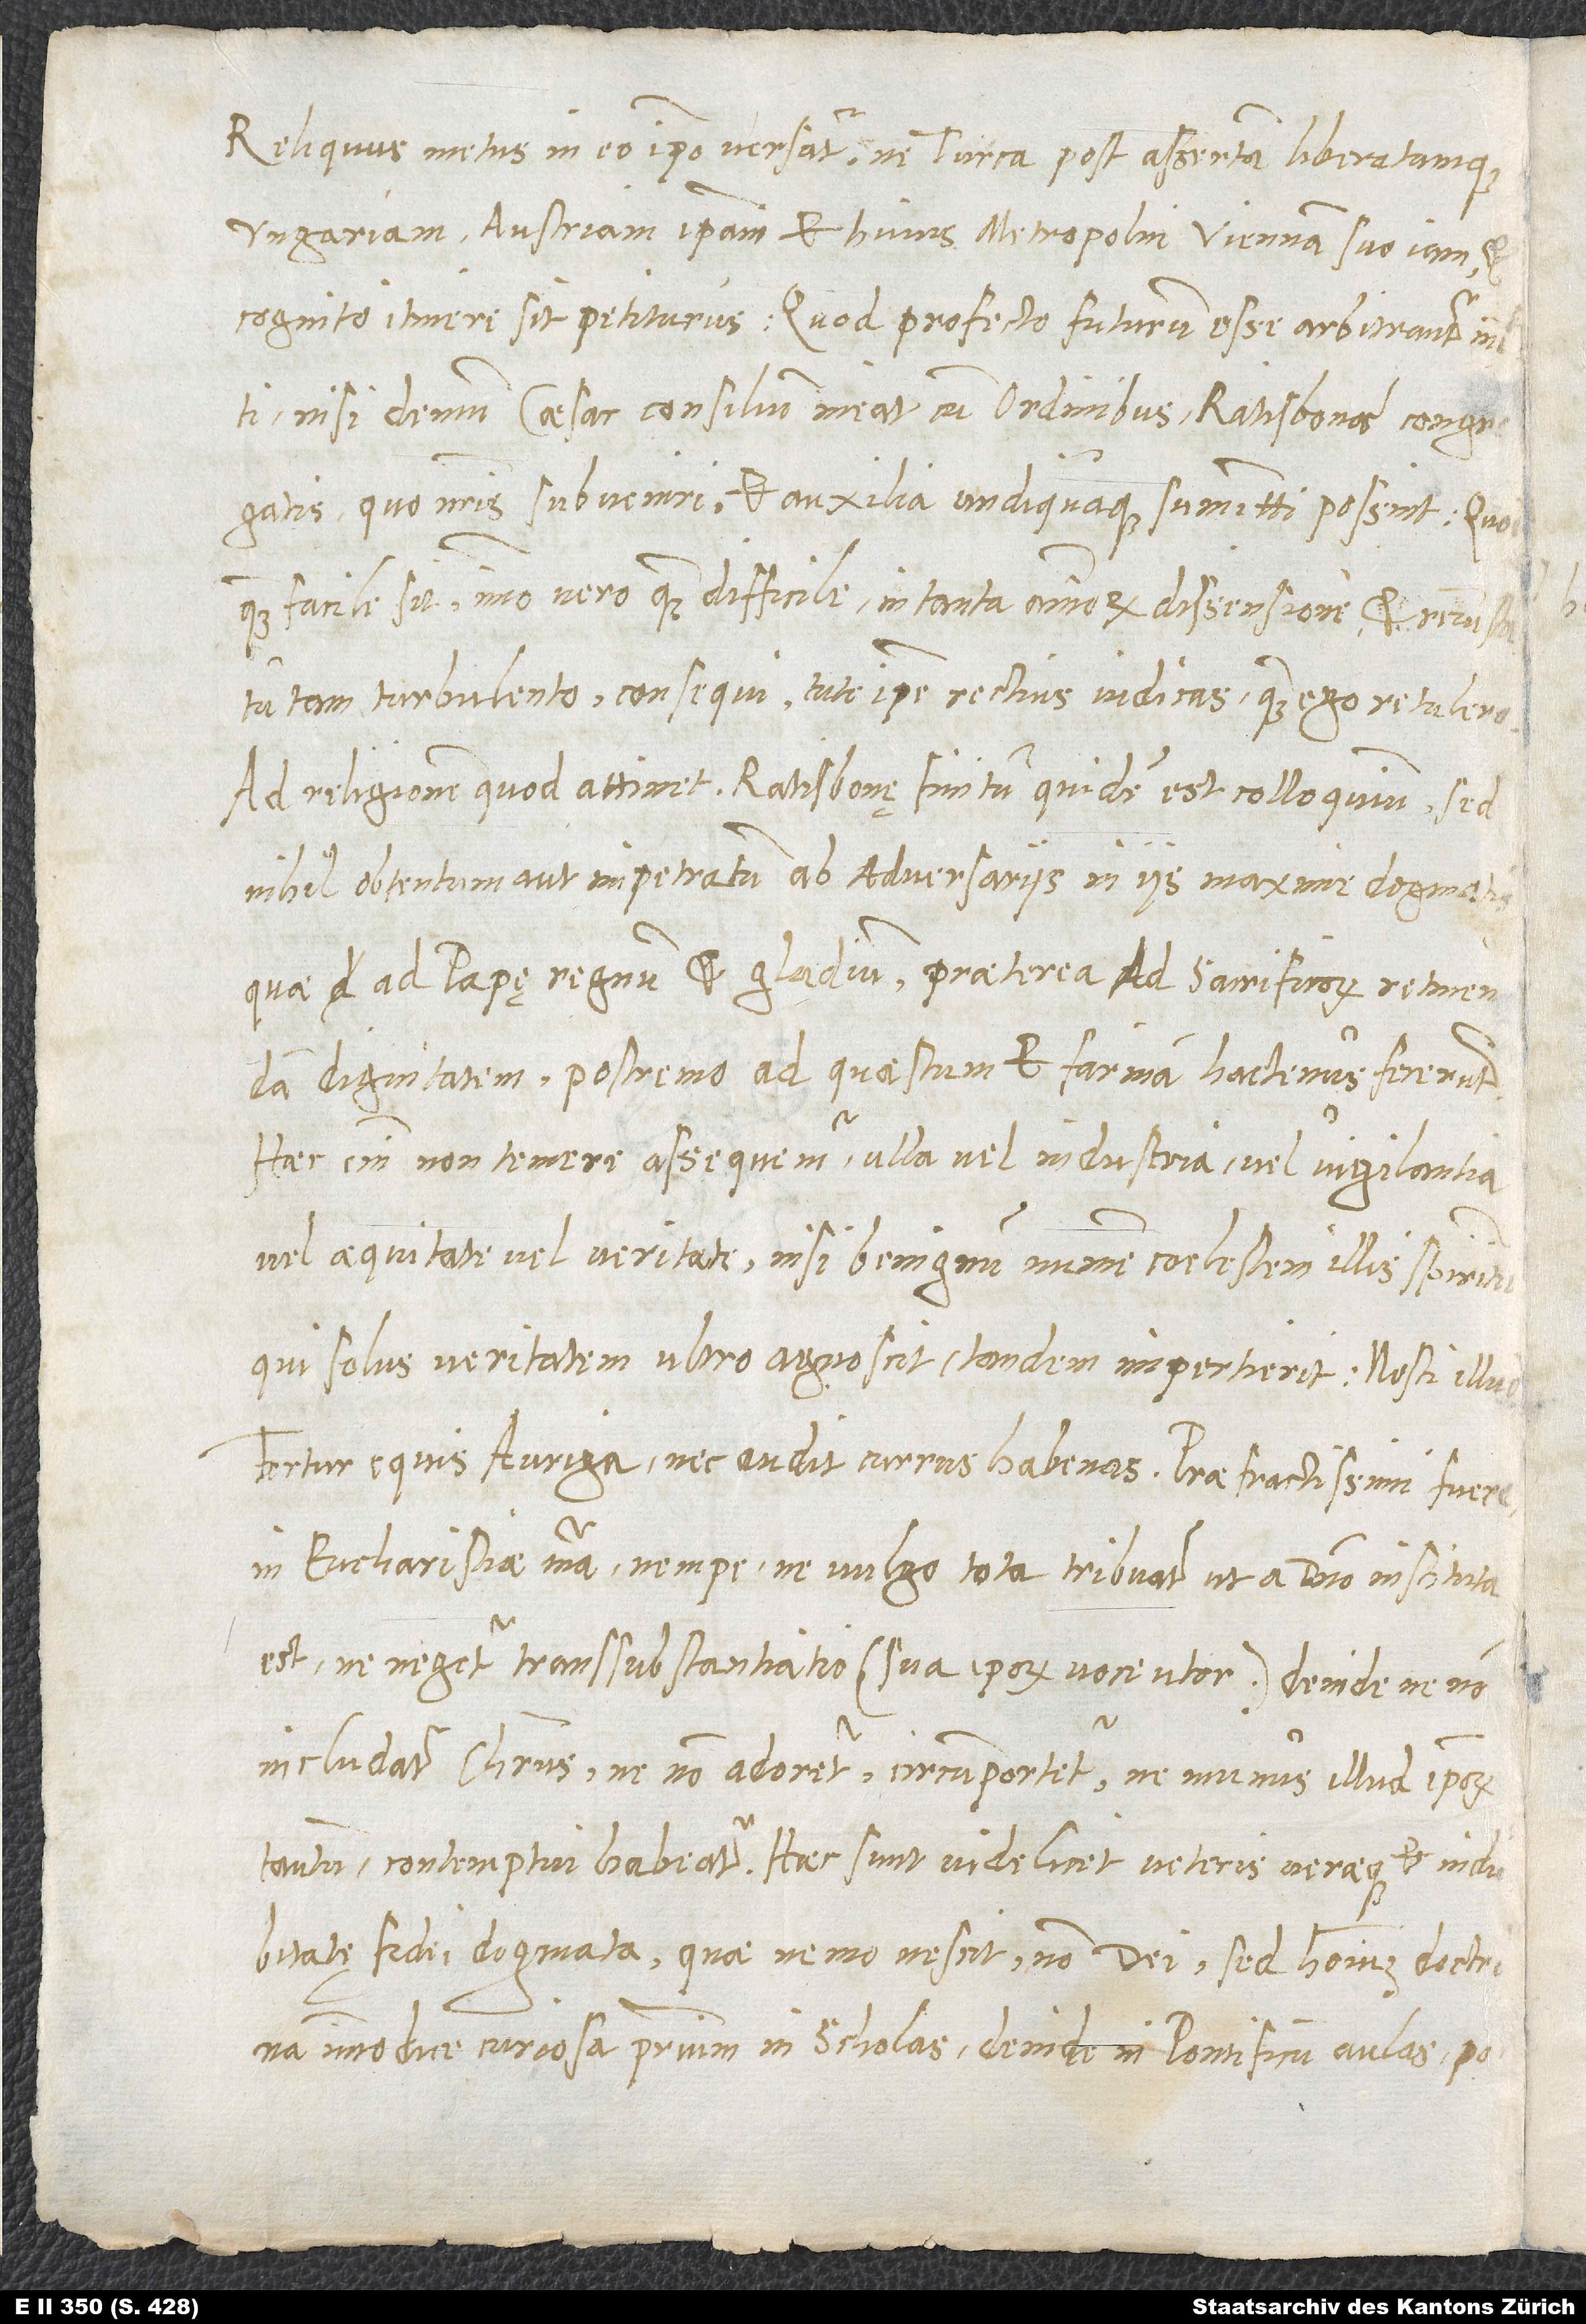
Reliquus metus in eo ipso versatur, ne Turca post assertam liberatamque
Ungariam Austriam ipsam et huius metropolin Viennam suo iam et
cognito itinere sit petiturus; quod profecto futurum esse arbitrantur multi,
nisi demum Caesar consilium ineat cum ordinibus Ratisbonae congregatis,
quo nostris subveniri et auxilia undiquaque summitti possint; quod
quam facile sit, immo vero quam difficile in tanta animorum dissensione et rerum statu
tam turbulento consequi, tute ipse rectius iudicas, quam ego retulero.
Ad religionem quod attinet, Ratisbonę finitum quidem est colloquium, sed
nihil obtentum aut impetratum ab adversariis in iis maxime dogmatis,
quae ad papę regnum et gladium, praeterea ad sacrificorum retinendam
dignitatem, postremo ad quaestum et farinam hactenus fecerunt.
Haec enim non temere assequemur ulla vel industria vel vigilantia
vel aequitate vel veritate, nisi benignum numen caelestem illis spiritum,
qui solus veritatem ultro agnoscit, tandem impertierit. Nosti illud:
Fertur equis auriga nec audit currus habenas. Praefractissimi fuere
in eucharistiae materia, nempe ne vulgo tota tribuatur, ut a domino instituta
est, ne negetur transsubstantiatio (sua ipsorum voce utor), deinde ne non
includatur Christus, ne non adoretur, circumportetur, ne munus illud ipsorum
tantum contemptui habeatur. Haec sunt videlicet veteris veraeque et indubitatę
fidei dogmata, quae, nemo nescit, non dei, sed hominum doctrina
immodice curiosa primum in scholas, deinde in pontificum aulas, postremo